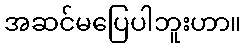
အဆင်မပြေပါဘူးဟာ။